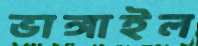
ভাঙ্গাইল